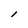
Character: l